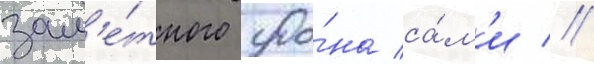
зам'е́тного уро́на са́м'и //